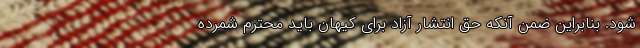
شود. بنابراین ضمن آنکه حق انتشار آزاد برای کیهان باید محترم شمرده